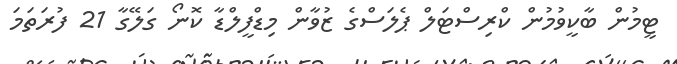
ޓީމުން ބާކީވުމުން ކްރިސްޓަލް ޕެލަސްގެ ޒުވާން މިޑްފީލްޑާ ކޮނޯ ގަލޭގާ 21 ފުރަތަމަ